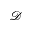
\mathcal { D }